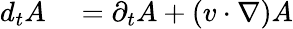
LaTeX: \begin{array}{rl}{d_{t}A}&{{}=\partial_{t}A+(v\cdot\nabla)A}\end{array}